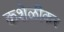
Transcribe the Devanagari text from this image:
कशेळीकर